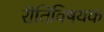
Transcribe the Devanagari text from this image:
रीतिविषयक